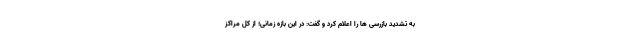
به تشدید بازرسی ها را اعلام کرد و گفت: در این بازه زمانی؛ از کل مراکز